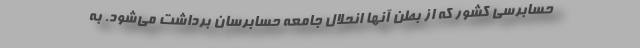
حسابرسی کشور که از بطن آنها انحلال جامعه حسابرسان برداشت می‌شود. به